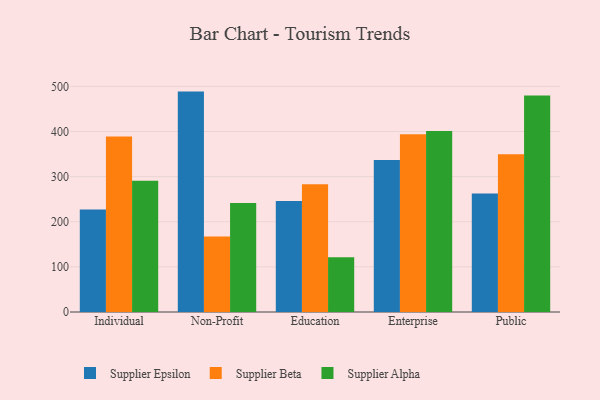
{"axis": {"x": "Segment", "y": "Production Output"}, "legend": ["Supplier Alpha", "Supplier Beta", "Supplier Epsilon"], "data": [{"x": "Individual", "y": 227.4, "type": "Supplier Epsilon"}, {"x": "Individual", "y": 389.2, "type": "Supplier Beta"}, {"x": "Individual", "y": 290.8, "type": "Supplier Alpha"}, {"x": "Non-Profit", "y": 488.5, "type": "Supplier Epsilon"}, {"x": "Non-Profit", "y": 167.5, "type": "Supplier Beta"}, {"x": "Non-Profit", "y": 241.7, "type": "Supplier Alpha"}, {"x": "Education", "y": 245.9, "type": "Supplier Epsilon"}, {"x": "Education", "y": 283.4, "type": "Supplier Beta"}, {"x": "Education", "y": 121.5, "type": "Supplier Alpha"}, {"x": "Enterprise", "y": 337.1, "type": "Supplier Epsilon"}, {"x": "Enterprise", "y": 394.1, "type": "Supplier Beta"}, {"x": "Enterprise", "y": 401.3, "type": "Supplier Alpha"}, {"x": "Public", "y": 262.6, "type": "Supplier Epsilon"}, {"x": "Public", "y": 349.5, "type": "Supplier Beta"}, {"x": "Public", "y": 479.9, "type": "Supplier Alpha"}]}